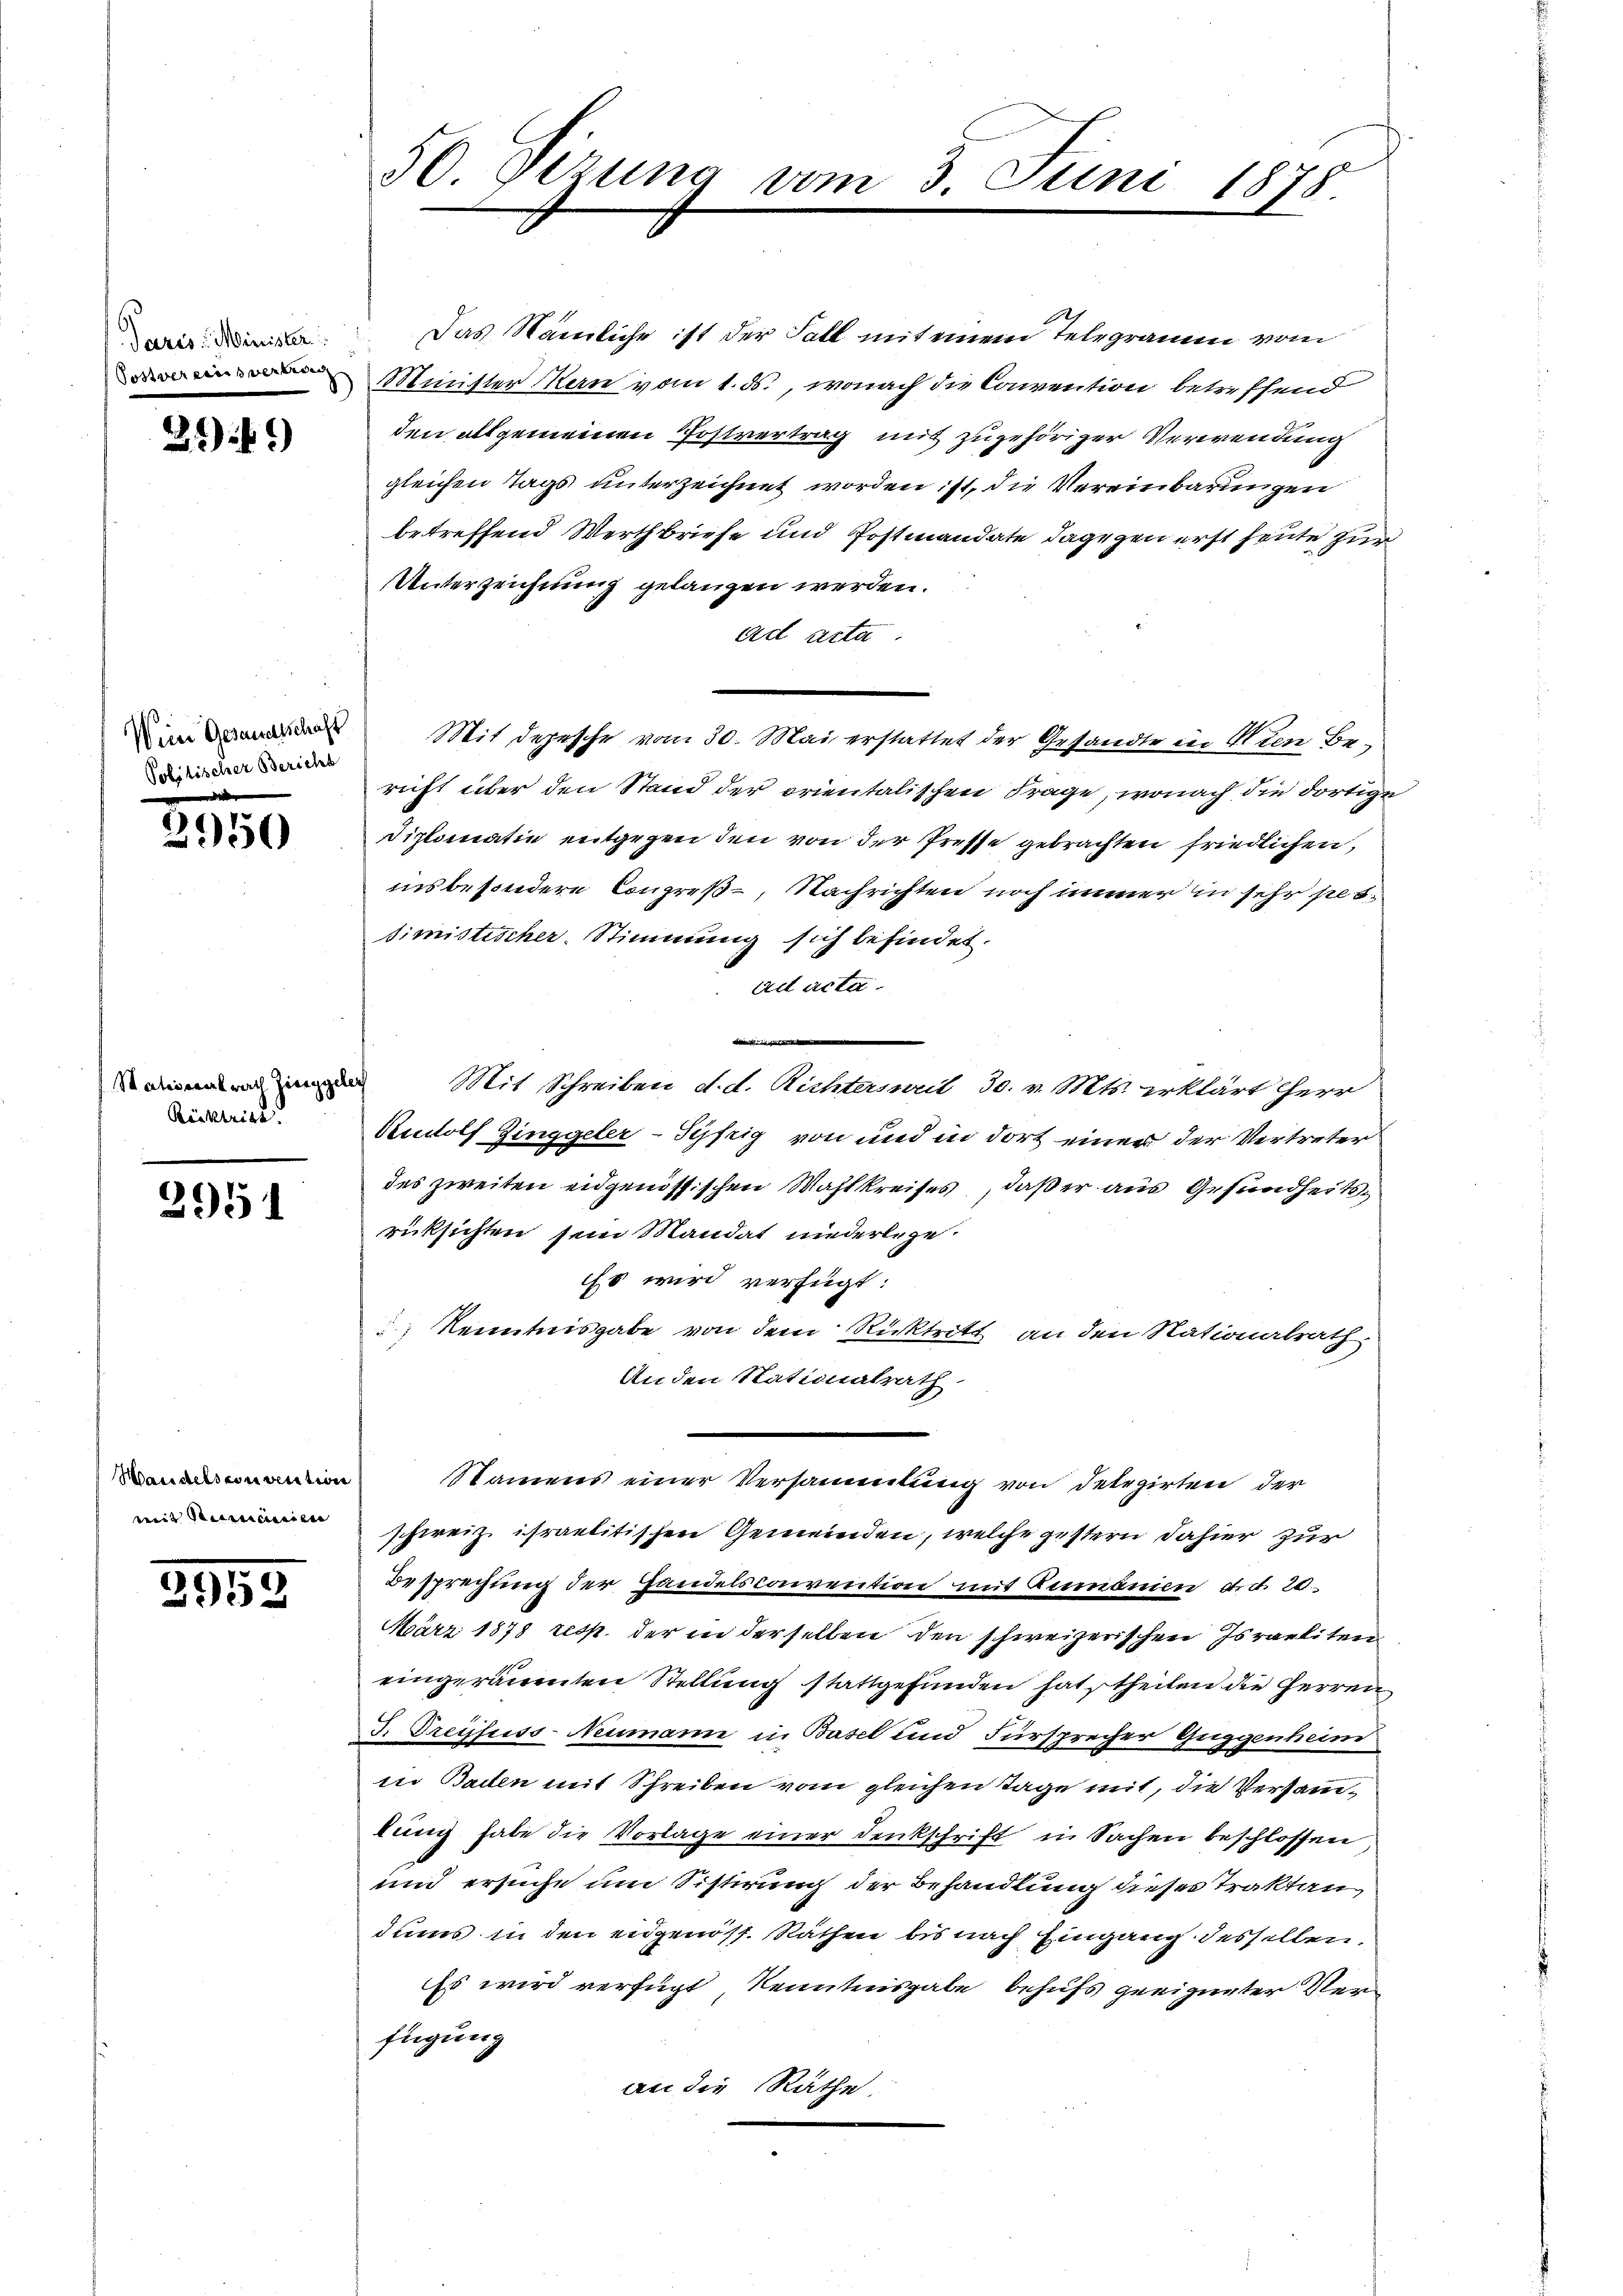
Paris Minister
Postvereinsvertrag

21 f.)

2150

Stationalrath Zinggeler
Rücktrick.

3951

2959

Wein Gesandtschaft
Politischer Bericht

Mandelsconvention
mit Stimmeneien |

50 Dizung vom

Das Nämliche ist der Fall mit einem Telegramm vom
Minister Hern vom 1. ds., wonach die Convention betreffend
den allgemeinen Postvertrag mit zugehöriger Verwendung
gleichen Tags unterzeichnet worden ist, die Vereinbarungen
betreffend Werthbriefe und Postmandate dagegen erst heute zur
Unterzeichnung gelangen werden.
ad acta
Mit depesche vom 30. Mai erstattet der Gesandte in Wien Bericht über den Stand der orientalischen Frage, wonach die dortige
Diplomatin entgegen den von der Presse gebrachten friedlichen,
insbesondere Congreß-, Nachrichten noch immer in sehr persimistischer. Stimmung sich befindet.
ad acta.
i
Mit Schreiben d. d. Richtersweil 30. v. Mts. erklärt herr
Rudolf Zinggeler-Syfrig von und in dort einer der Vertreter
des zweiten eidgenössischen Wahlkreises, daß er aus Gesundheitsrücksichten sein Mandat niederlege.
Es wird verfügt:
 Kenntnisgabe von dem Rücktritt an den Nationalrath
Anden Nationalrath.
Namens einer Versammlung von Delegirten der
schweiz israelitischen Gemeinden, welche gestern dahier zur
Besprechung der Handelsconvention mit Rumonien d. d. 20
März 1878 resp. der in derselben den schweizerischen Israeliten
eingeräumten Stellung stattgefunden hat theilen die Herren
. Dreijsuss-Neumann in Basel und Fürsprecher Guggenheim
in Baden mit Schreiben vom gleichen Tage mit, die Versammlung habe die Vorlage einer denkschrift in Sachen beschlossen
und ersuche um Sistirung der Behandlung dieses Traktan
dums in den eidgenöss. Räthen bis nach Eingang desselben,
Es wird verfügt, Kenntnisgabe behufs geeigneter Verfügung
an die Räthe

3. Juni 1878.